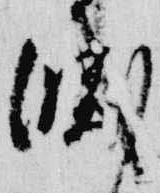
滅